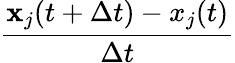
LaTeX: \frac{\mathbf{x}_{j}(t+\Delta t)-x_{j}(t)}{\Delta t}